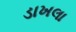
ડાખલા